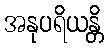
အနုပရိယန္တိ